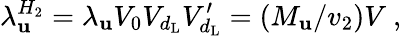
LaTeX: \lambda_{\mathbf{u}}^{H_{2}}=\lambda_{\mathbf{u}}V_{0}V_{d_{\mathrm{{L}}}}V_{d_{\mathrm{{L}}}}^{\prime}=(M_{\mathbf{u}}/v_{2})V~,